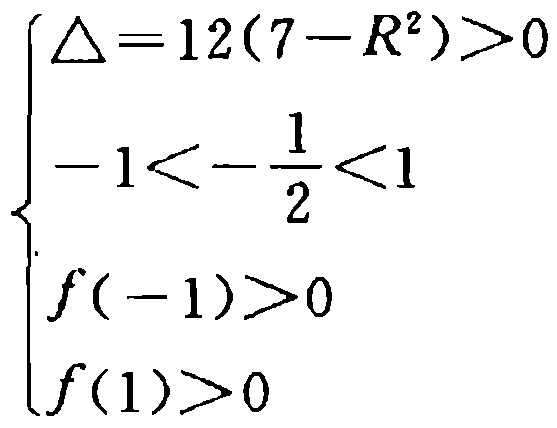
\[

\begin{cases}

\Delta = 12(7 - R^{2})>0 \\

-1<-\frac{1}{2}<1 \\

f(-1)>0 \\

f(1)>0

\end{cases}

\]